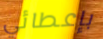
بإعطائي